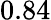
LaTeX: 0.84